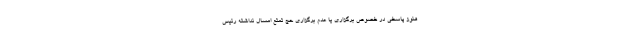
هنوز پاسخی در خصوص برگزاری یا عدم برگزاری حج تمتع امسال نداشته رئیس